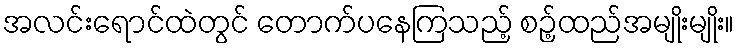
အလင်းရောင်ထဲတွင် တောက်ပနေကြသည့် စဉ့်ထည်အမျိုးမျိုး။